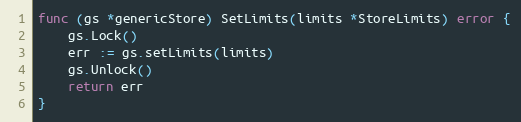
Language: Go
func (gs *genericStore) SetLimits(limits *StoreLimits) error {
	gs.Lock()
	err := gs.setLimits(limits)
	gs.Unlock()
	return err
}